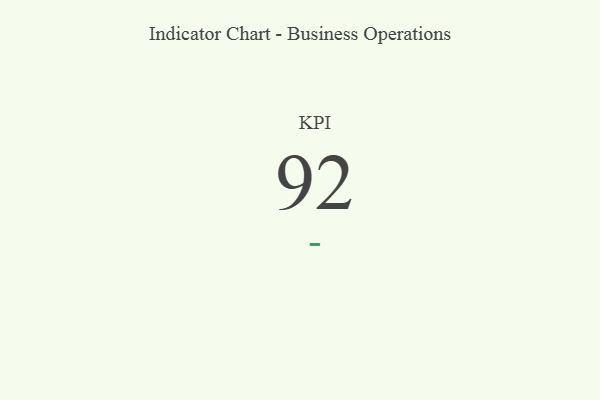
{"axis": {"x": "KPI", "y": "Value"}, "legend": [""], "data": [{"x": "KPI", "y": 92, "type": ""}]}